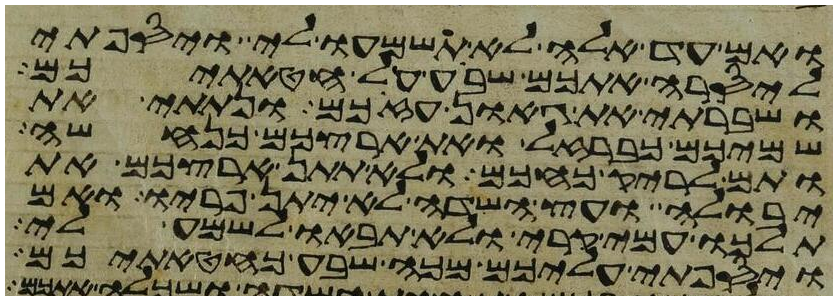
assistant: ואם עד אלה לא תשמעו לי ויספתי
ליסרה אתכם שבע על חטאתיכם
ושברתי את גאון עזכם ונתתי את
שמיכם כברזל ואת ארצכם כנחשה
ותם לריק כחכם ולא תתן ארצכם את
יבולה ועץ השדה לא יתן פריו ואם
תלכו עמי קרי ולא תבאו לשמע לי
ויספתי עליכם מכה שבע כחטאתיכם